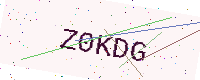
Text: Z0KDG